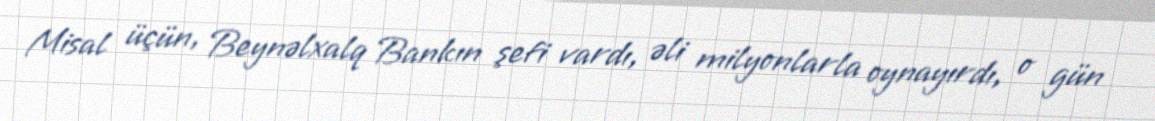
Misal üçün, Beynəlxalq Bankın şefi vardı, əli milyonlarla oynayırdı, o gün